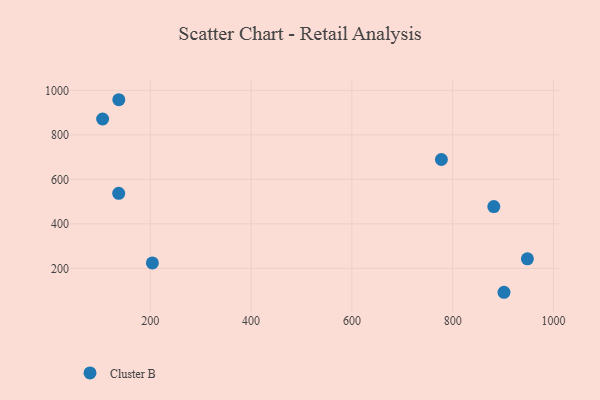
{"axis": {"x": "Engine Size", "y": "Sales"}, "legend": ["Cluster B"], "data": [{"x": "204.1", "y": 224.5, "type": "Cluster B"}, {"x": "777.6", "y": 689.3, "type": "Cluster B"}, {"x": "105.4", "y": 871.4, "type": "Cluster B"}, {"x": "901.8", "y": 92.7, "type": "Cluster B"}, {"x": "137.3", "y": 537.1, "type": "Cluster B"}, {"x": "881.6", "y": 477.7, "type": "Cluster B"}, {"x": "137.5", "y": 957.9, "type": "Cluster B"}, {"x": "948.2", "y": 243.2, "type": "Cluster B"}]}